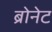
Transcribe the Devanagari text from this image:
ब्रोनेट